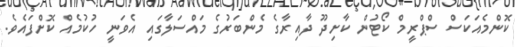
ކޮންމެއަކަސް ސްޕްރީމް ކޯޓުން ކާށިދޫ ދާއިރާގެ މެންބަރުގެ މައްސަލާގައި އެވަނީ ހުކުމެއް ކޮށްފައެވެ.